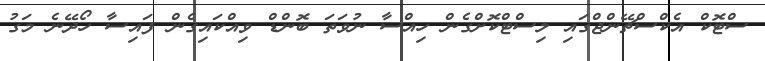
ސްޓޮކް އެކްސްޗޭންޖްގައި ލިސްޓްކޮށްގެން ހިއްސާ ނުވަތަ ބޮންޑް ވިއްކައިގެން ފައިސާ ހޯދޭނެ މަގު